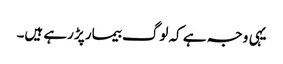
یہی وجہ ہے کہ لوگ بیمار پڑ رہے ہیں۔